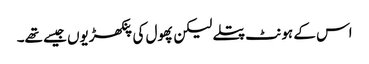
اس کے ہونٹ پتلے لیکن پھول کی پنکھڑیوں جیسے تھے۔